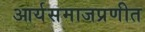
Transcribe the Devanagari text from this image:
आर्यसमाजप्रणीत